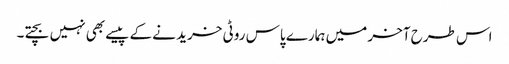
اس طرح آخر میں ہمارے پاس روٹی خرید نے کے پیسے بھی نہیں بچتے۔